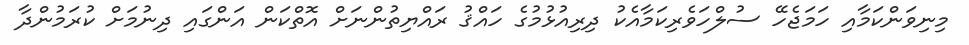
މިނިވަންކަމާއި ހަމަޖެހޭ ސުލްހަވެރިކަމާއެކު ދިރިއުޅުމުގެ ހައްޤު ރައްޔިތުންނަށް އޮތްކަން އަންގައި ދިނުމަށް ކުރަމުންދާ